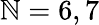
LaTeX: \mathbb{N}=6,7